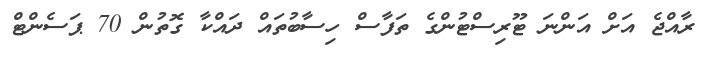
ރާއްޖެ އަށް އަންނަ ޓޫރިސްޓުންގެ ތަފާސް ހިސާބުތައް ދައްކާ ގޮތުން 70 ޕަސެންޓް